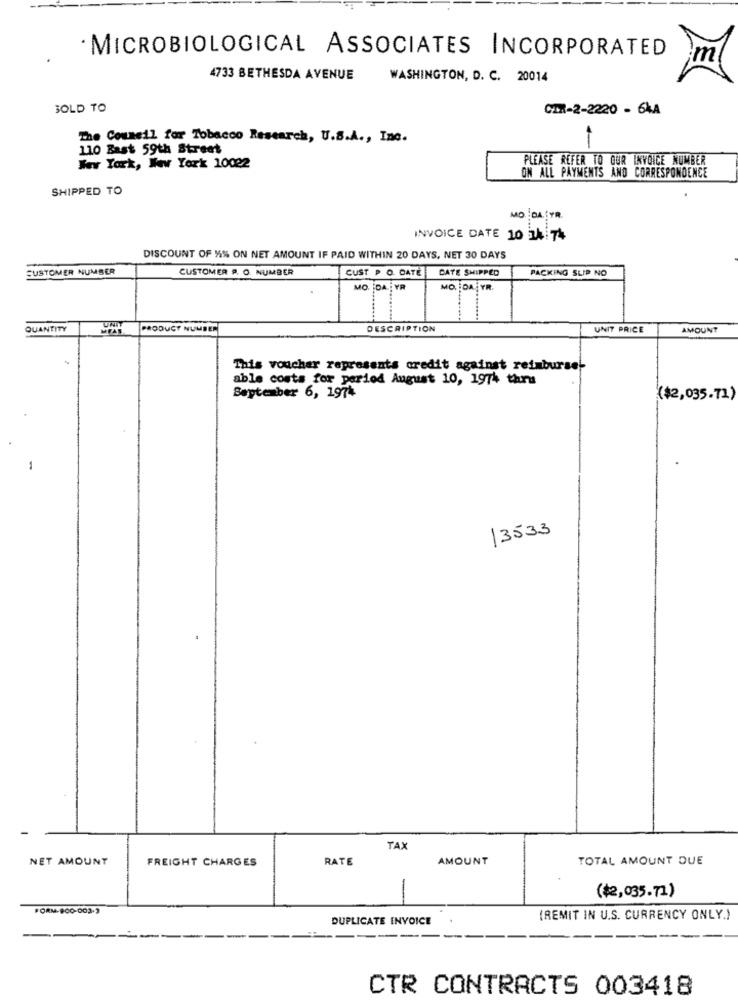
· MICROBIOLOGICAL ASSOCIATES INCORPORATED
m
4733 BETHESDA AVENUE
WASHINGTON, D. C. 20014
SOLD TO
CIR-2-2220 - 6ŁA
The Council for Tobacco Research, U.S.A ., Inc.
110 Bast 59th Street
PLEASE REFER TO GUR INVOICE NUMBER
New York, New York 10022
ON ALL PAYMENTS AND CORRESPONDENCE
SHIPPED TO
MO DA YR
INVOICE DATE 10 4 74
DISCOUNT OF 1% ON NET AMOUNT IF PAID WITHIN 20 DAYS, NET 30 DAYS
SUSTOMER NUMBER
CUSTOMER P. O. NUMBER
CUST P O. DATE
DATE SHIPPED
PACKING SLIP NO
MO. DA: VR
MO. DAYR.
QUANTITY
PRODUCT NUMBER
DESCRIPTION
UNIT PRICE
AMOUNT
This voucher represents credit against reimburset
able costs for period August 10, 1974 thru
September 6, 1974
($2,035.71)
-
13533
TAJ
NET AMOUNT
FREIGHT CHARGES
RATE
AMOUNT
TOTAL AMOUNT DUE
($2,035.71)
FORM-900-003.3
DUPLICATE INVOICE
(REMIT IN U.S. CURRENCY ONLY.)
-----
--
CTR CONTRACTS 003418